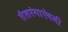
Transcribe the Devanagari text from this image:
तैलरंगाऐवजी